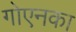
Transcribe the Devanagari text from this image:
गोएनका